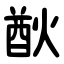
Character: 㷕